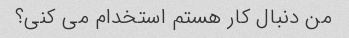
من دنبال کار هستم استخدام می کنی؟